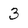
Character: 3